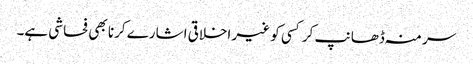
سر منہ ڈھانپ کر کسی کو غیر اخلاقی اشارے کرنا بھی فحاشی ہے۔